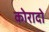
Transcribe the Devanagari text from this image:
कोरादो